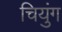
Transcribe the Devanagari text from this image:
चियुंग